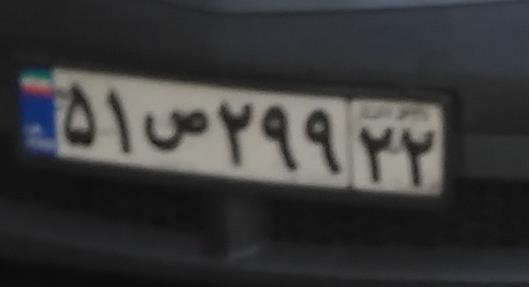
۵۱س۲۹۹۲۲